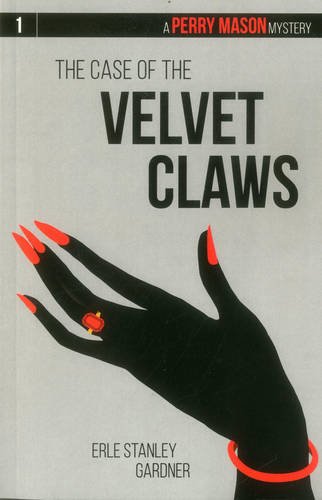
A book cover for The Case of the Velvet Claws: A Perry Mason Mystery #1 (Perry Mason Mysteries); Erle Stanley Gardner; Mystery, Thriller & Suspense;